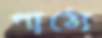
পাঠ্যে